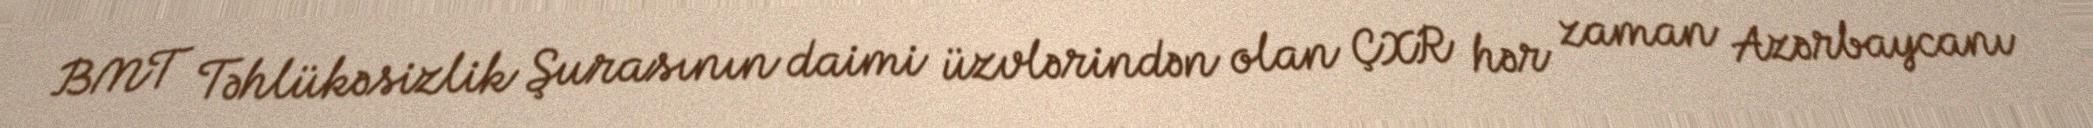
BMT Təhlükəsizlik Şurasının daimi üzvlərindən olan ÇXR hər zaman Azərbaycanı